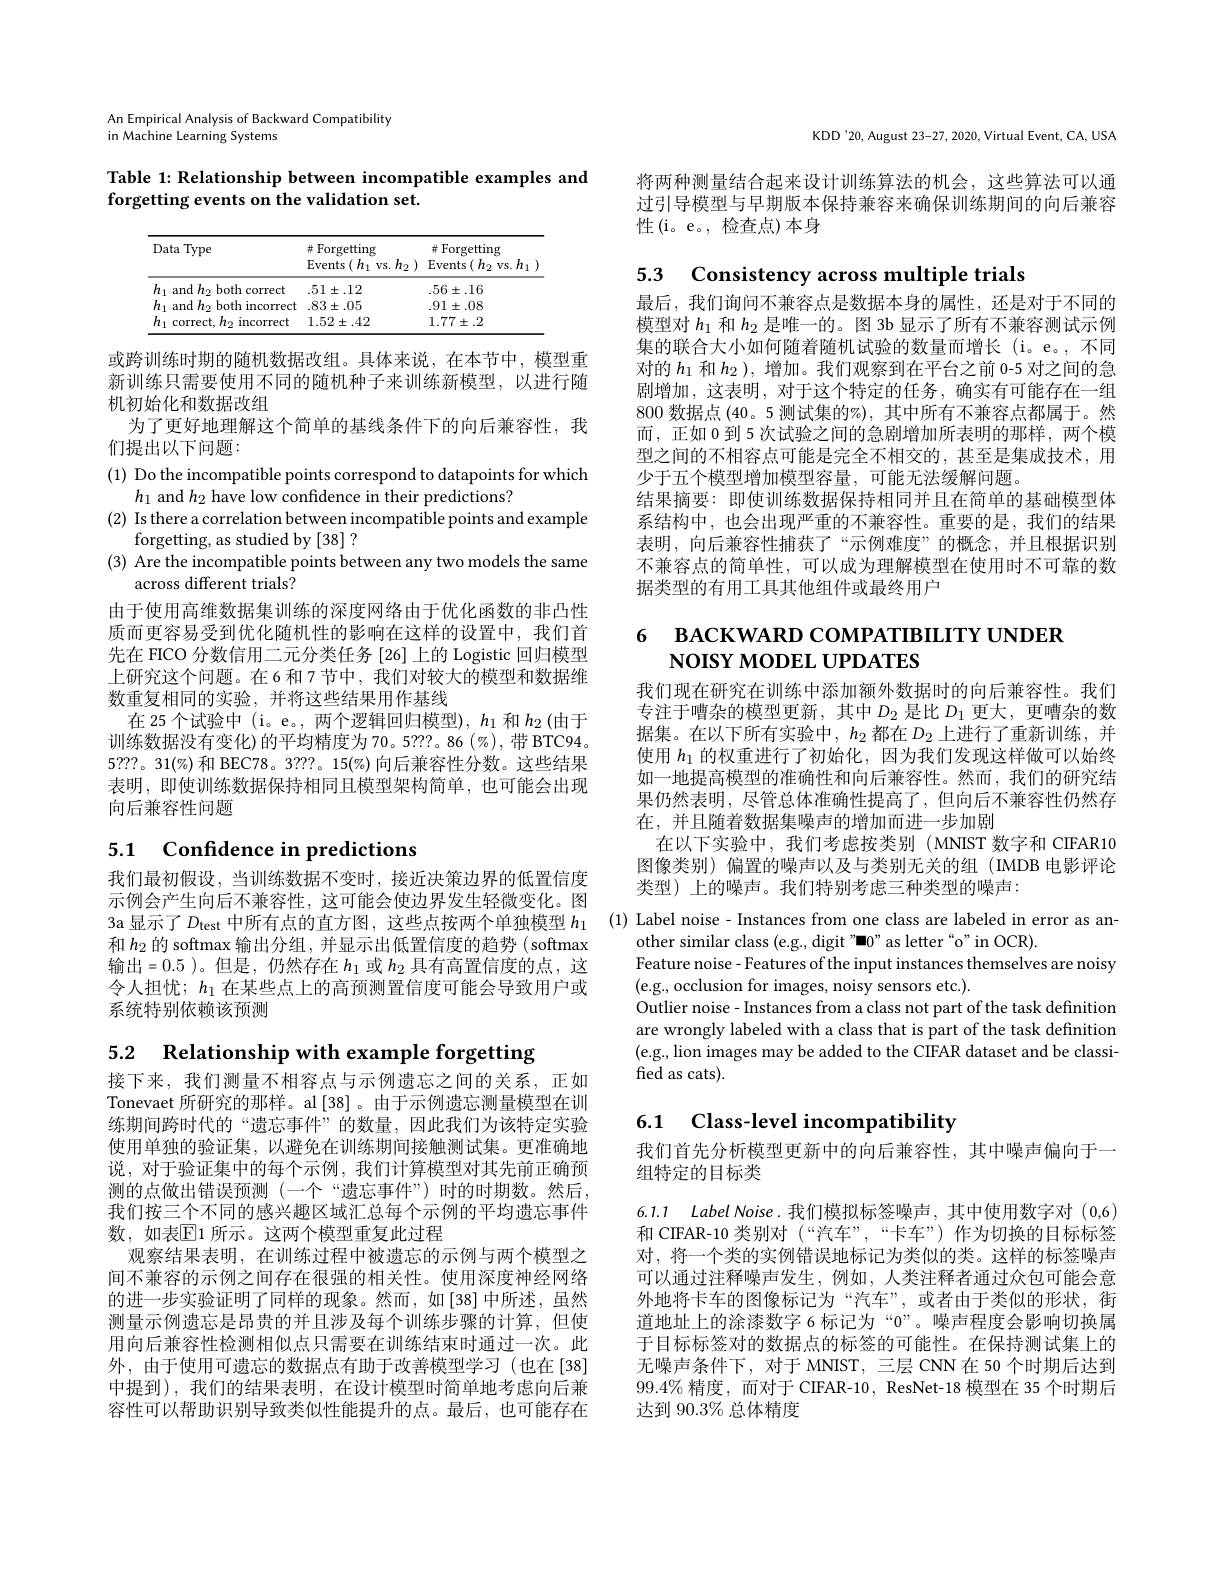
KDD'20, August 23-27, 2020, Virtual Event, CA, USA

将两种测量结合起来设计训练算法的机会，这些算法可以通过引导模型与早期版本保持兼容来确保训练期间的向后兼容性(i。e。, 检查点)本身

An Empirical Analysis of Backward Compatibility

in Machine Learning Systems

Table 1: Relationship between incompatible examples and
forgetting events on the validation set.

<table>
	<tbody>
		<tr>
			<th>Data Type</th>
			<th># Forgetting Events $s\left(h_{1}\:\mathrm{vs.}h_{2}\:\right)$</th>
			<th>$\# Forgettingo$ $\operatorname{Events}(h_2$ vs. $h_1$</th>
		</tr>
		<tr>
			<td>$h_{1}\varepsilon$ and $h_{2}$ both correct</td>
			<td>$.51\pm.12$</td>
			<td>$.56\pm.16$</td>
		</tr>
		<tr>
			<td>$h_{1}$ and $h_{2}$ both incorrect</td>
			<td>$83\pm.05$</td>
			<td>$.91\pm.08$</td>
		</tr>
		<tr>
			<td>$h_{1}$ correct, $h_2$ incorrect 1</td>
			<td>$1.52\pm.42$</td>
			<td>$1.77\pm.2$</td>
		</tr>
	</tbody>
</table>

或跨训练时期的随机数据改组。具体来说，在本节中，模型重新训练只需要使用不同的随机种子来训练新模型，以进行随机初始化和数据改组
为了更好地理解这个简单的基线条件下的向后兼容性，我
们提出以下问题：

(1) Do the incompatible points correspond to datapoints for which
$h_1$ and $h_2$ have low confidence in their predictions?
(2) Is there a correlation between incompatible points and example
forgetting, as studied by [38] ?
(3) Are the incompatible points between any two models the same
across different trials?

由于使用高维数据集训练的深度网络由于优化函数的非凸性质而更容易受到优化随机性的影响在这样的设置中，我们首先在 FICO 分数信用二元分类任务 [26] 上的 Logistic 回归模型上研究这个问题。在6和7节中，我们对较大的模型和数据维数重复相同的实验，并将这些结果用作基线
在 25 个试验中(i$。e。, 两 个 逻 辑 回 归 模 型 ) , h_1$和$h_2\left(\text{由于}\right)$ 训练数据没有变化)的平均精度为70。5???。86(%),带 BTC94。5???。31$(\%)$和 BEC78。3???。15$(\%)$向后兼容性分数。这些结果表明，即使训练数据保持相同且模型架构简单，也可能会出现向后兼容性问题

# 5.1 Confidence in predictions

我们最初假设，当训练数据不变时，接近决策边界的低置信度示例会产生向后不兼容性，这可能会使边界发生轻微变化。图和$h_{2}$的 softmax 输出分组，并显示出低置信度的趋势 ( softmax 输出=0.5 )。但是 ,仍然存在$h_1$或$h_2$具有高置信度的点，这令人担忧；$h_1$在某些点上的高预测置信度可能会导致用户或系统特别依赖该预测

5.2 Relationship with example forgetting

接下来，我们测量不相容点与示例遗忘之间的关系，正如Tonevaet 所研究的那样。al [38]。由于示例遗忘测量模型在训练期间跨时代的“遗忘事件”的数量，因此我们为该特定实验使用单独的验证集，以避免在训练期间接触测试集。更准确地说，对于验证集中的每个示例，我们计算模型对其先前正确预测的点做出错误预测 (一个“遗忘事件”)时的时期数。然后， 我们按三个不同的感兴趣区域汇总每个示例的平均遗忘事件数，如表$\mathbb{E}$1 所示。这两个模型重复此过程
观察结果表明，在训练过程中被遗忘的示例与两个模型之间不兼容的示例之间存在很强的相关性。使用深度神经网络的进一步实验证明了同样的现象。然而，如[38]中所述，虽然测量示例遗忘是昂贵的并且涉及每个训练步骤的计算，但使用向后兼容性检测相似点只需要在训练结束时通过一次。此外，由于使用可遗忘的数据点有助于改善模型学习(也在[38] 中提到),我们的结果表明，在设计模型时简单地考虑向后兼容性可以帮助识别导致类似性能提升的点。最后，也可能存在

5.3 Consistency across multiple trials
最后，我们询问不兼容点是数据本身的属性，还是对于不同的模型对$h_{1}$和$h_{2}$是唯一的。图 3b 显示了所有不兼容测试示例集的联合大小如何随着随机试验的数量而增长(i。e。,不同对的$h_1$和$h_2)$,增加。我们观察到在平台之前 0-5 对之间的急剧增加，这表明，对于这个特定的任务，确实有可能存在一组800数据点(40。5 测试集的%),其中所有不兼容点都属于。然而，正如 0 到 5 次试验之间的急剧增加所表明的那样，两个模型之间的不相容点可能是完全不相交的，甚至是集成技术，用少于五个模型增加模型容量，可能无法缓解问题。
结果摘要：即使训练数据保持相同并且在简单的基础模型体系结构中，也会出现严重的不兼容性。重要的是，我们的结果表明，向后兼容性捕获了“示例难度”的概念，并且根据识别不兼容点的简单性，可以成为理解模型在使用时不可靠的数据类型的有用工具其他组件或最终用户

# 6 ВАСКWARD СОМРАТIВILITY UNDER $\mathsf{NOISY}$ MODEL UPDATES

我们现在研究在训练中添加额外数据时的向后兼容性。我们专注于嘈杂的模型更新，其中$D_2$是比$D_1$更大，更嘈杂的数据集。在以下所有实验中，$h_2$都在$D_2$上进行了重新训练，并使用$h_{1}$的权重进行了初始化，因为我们发现这样做可以始终如一地提高模型的准确性和向后兼容性。然而，我们的研究结果仍然表明，尽管总体准确性提高了，但向后不兼容性仍然存在，并且随着数据集噪声的增加而进一步加剧
在以下实验中，我们考虑按类别 (MNIST 数字和 CIFAR10图像类别) 偏置的噪声以及与类别无关的组 (IMDB 电影评论类型)上的噪声。我们特别考虑三种类型的噪声：
3a 显示了$D_\mathrm{test}$ 中所有点的直方图，这些点按两个单独模型 $h_1$ (1) Label noise- Instances from one class are labeled in error as an-
other similar class (e.g., digit"-0" as letter“o”in OCR).
Feature noise- Features of the input instances themselves are noisy
(e.g., occlusion for images, noisy sensors etc.).
Outlier noise - Instances from a class not part of the task definition are wrongly labeled with a class that is part of the task definition (e.g., lion images may be added to the CIFAR dataset and be classified as cats)

# 6.1 Class-level incompatibility

我们首先分析模型更新中的向后兼容性，其中噪声偏向于一
组特定的目标类

6.1.1 Label Noise.我们模拟标签噪声，其中使用数字对 (0,6) 和 CIFAR-10 类别对 (“汽车”,“卡车”)作为切换的目标标签对，将一个类的实例错误地标记为类似的类。这样的标签噪声可以通过注释噪声发生，例如，人类注释者通过众包可能会意外地将卡车的图像标记为“汽车”,或者由于类似的形状，街道地址上的涂漆数字 6 标记为“$0”$。噪声程度会影响切换属于目标标签对的数据点的标签的可能性。在保持测试集上的无噪声条件下，对于 MNIST, 三层 CNN 在 50 个时期后达到$99.4\%$精度，而对于 CIFAR-10, ResNet-18 模型在 35 个时期后达到 90.3% 总体精度